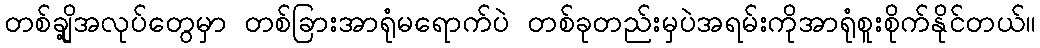
တစ်ချို့အလုပ်တွေမှာ တစ်ခြားအာရုံမရောက်ပဲ တစ်ခုတည်းမှပဲအရမ်းကိုအာရုံစူးစိုက်နိုင်တယ်။